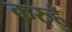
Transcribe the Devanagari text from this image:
करुहुँ